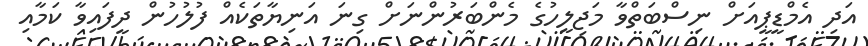
އަދި އެމްޑީޕީއަށް ނިސްބަތްވާ މަޖިލީހުގެ މެންބަރުންނަށް ގިނަ އަނިޔާތަކެއް ފުލުހުން ދީފައިވާ ކަމާއި